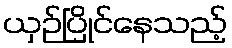
ယှဉ်ပြိုင်နေသည့်